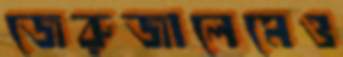
জেরুজালেমেও